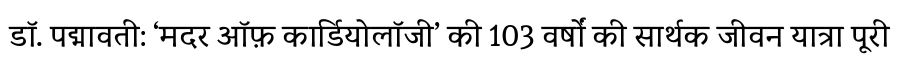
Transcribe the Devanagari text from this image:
डॉ. पद्मावती: ‘मदर ऑफ़ कार्डियोलॉजी’ की 103 वर्षों की सार्थक जीवन यात्रा पूरी